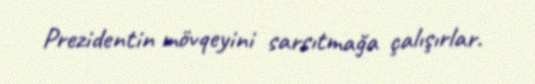
Prezidentin mövqeyini sarsıtmağa çalışırlar.